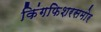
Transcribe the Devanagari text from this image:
किंगफिशरसमोर